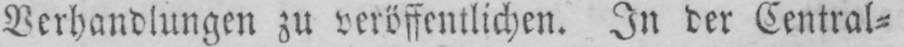
Verhandlungen zu veröffentlichen. In der Central⸗